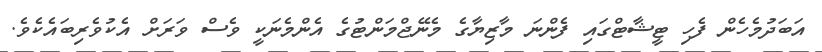
އަބަދުމެހެން ފެހި ޓީޝާޓްގައި ފެންނަ މާޒިޔާގެ މެނޭޖްމަންޓުގެ އެންމެނަކީ ވެސް ވަރަށް އެކުވެރިބައެކެވެ.